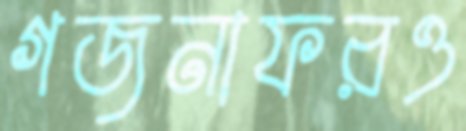
গজনাফরও